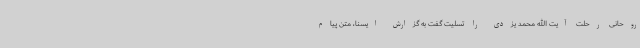
روحانی رحلت آیت الله محمد یزدی را تسلیت گفت به گزارش ایسنا، متن پیام